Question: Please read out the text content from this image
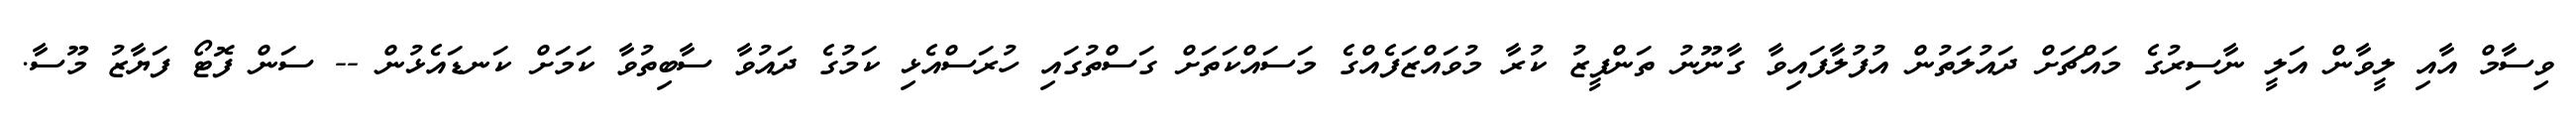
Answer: ވިސާމް އާއި ލީވާން އަލީ ނާސިރުގެ މައްޗަށް ދައުލަތުން އުފުލާފައިވާ ގާނޫނު ތަންފީޒު ކުރާ މުވައްޒަފެއްގެ މަސައްކަތަށް ގަސްތުގައި ހުރަސްއެޅި ކަމުގެ ދައުވާ ސާބިތުވާ ކަމަށް ކަނޑައެޅުން -- ސަން ފޮޓޯ ފަޔާޒު މޫސާ.